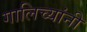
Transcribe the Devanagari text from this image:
गालिच्यांनी